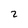
Character: 2